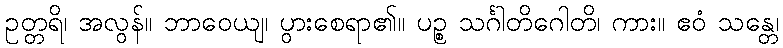
ဥတ္တရိ၊ အလွန်။ ဘာဝေယျ၊ ပွားစေရာ၏။ ပဉ္စ သင်္ဂါတိဂေါတိ၊ ကား။ ဧဝံ သန္တေ၊